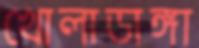
খোলাডাঙ্গা